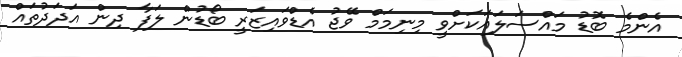
އެންމެ ބޮޑު މައްސަލައަކަށްވީ މިނިމަމް ވޭޖު އެޑްވައިޒަރީ ބޯޑުން ލަފާ ދިން އަދަދުތައް